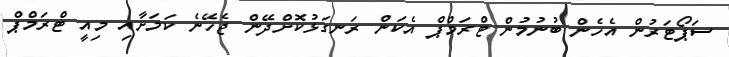
ސަޕޯޓަރުން އެހެން ބުނުމުން ޓްރަމްޕް އެކަން ރަނގަޅުކޮށްދޭން ޖެހޭނެ ކަމަށާއި މިއީ ޓްރަމްޕް